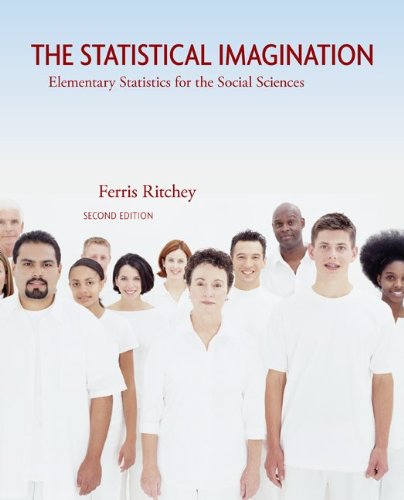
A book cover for The Statistical Imagination: Elementary Statistics for the Social Sciences; Ferris Ritchey; Politics & Social Sciences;